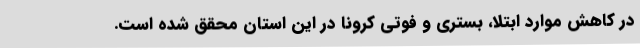
در کاهش موارد ابتلا، بستری و فوتی کرونا در این استان محقق شده است.